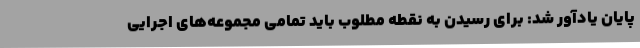
پایان یادآور شد: برای رسیدن به نقطه مطلوب باید تمامی مجموعه‌های اجرایی